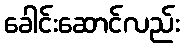
ခေါင်းဆောင်လည်း